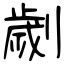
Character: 劌